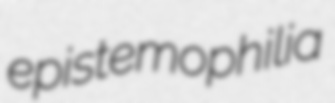
epistemophilia